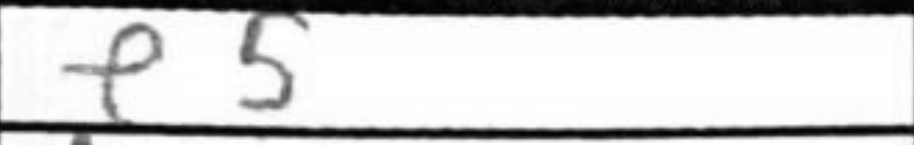
Transcription: e5